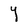
Character: Y